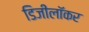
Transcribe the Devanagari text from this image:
डिजीलॉकर